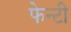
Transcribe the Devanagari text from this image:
फेन्टी